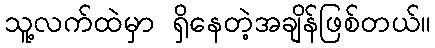
သူ့လက်ထဲမှာ ရှိနေတဲ့အချိန်ဖြစ်တယ်။